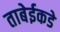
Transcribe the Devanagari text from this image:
ताबेईकडे